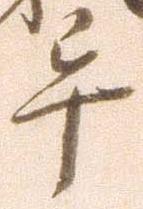
畢